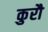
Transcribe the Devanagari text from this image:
कुरौ